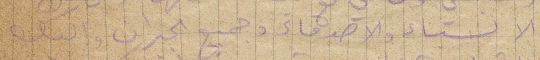
الالستاء والأصدقاء وجميع الجيران واليك